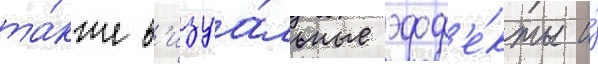
та́кже в'изуа́льные эфф'е́кты и́